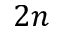
2 n